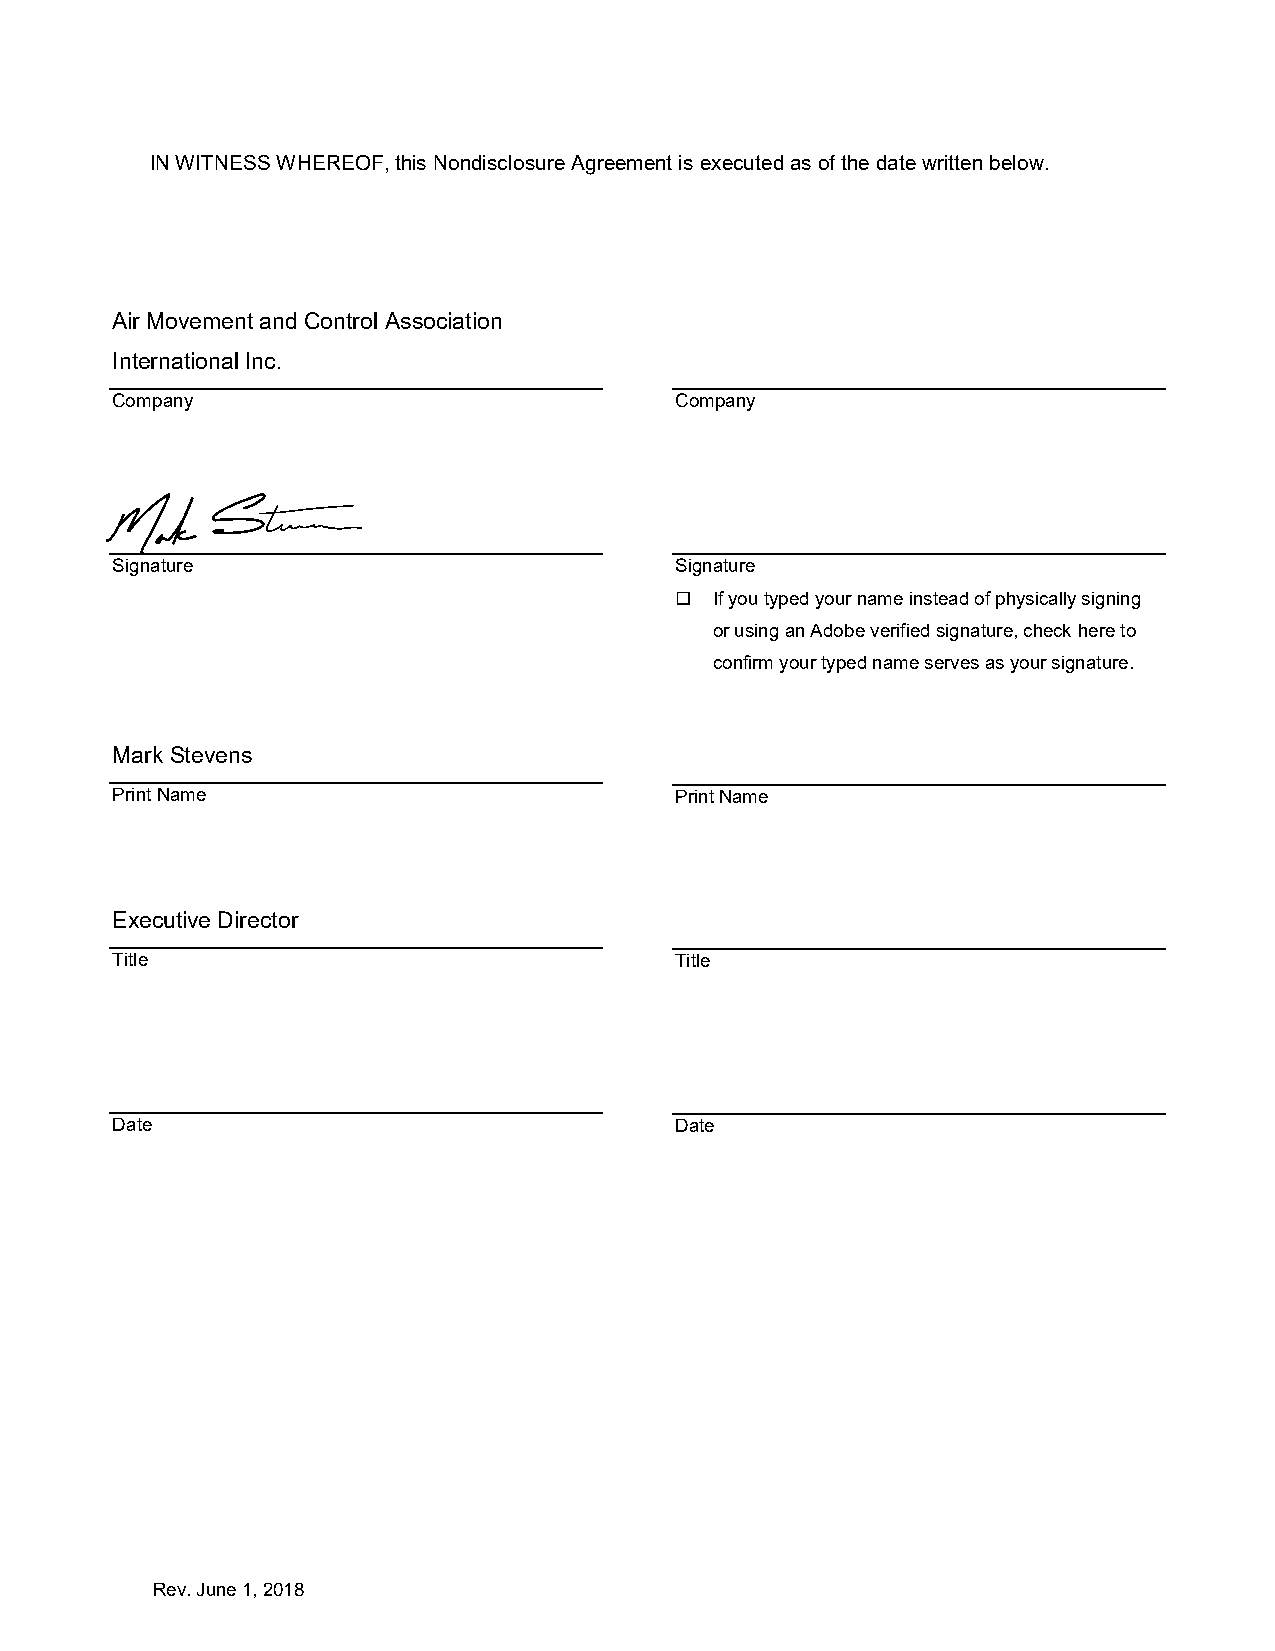
IN WITNESS WHEREOF, this Nondisclosure Agreement is executed as of the date written below.
 Air Movement and Control Association
 International Inc.
 Company                               Company
 Signature                             Signature
  If you typed your name instead of physically signing
 or using an Adobe verified signature, check here to
 confirm your typed name serves as your signature.
 Mark Stevens
 Print Name                            Print Name
 Executive Director
 Title                                 Title
 Date                                  Date
 Rev. June 1, 2018